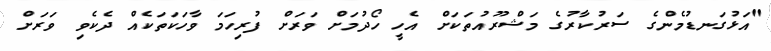
"އަޅުގަނޑުމެންގެ ސަރުކާރުގެ މަޝްރޫއުތަކަށް އެހީ ހޯދުމަށް ވަރަށް ފުރިހަމަ ވާހަކަތަކެއް ދެކެވި ވަރަށް